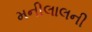
મનીલાલની